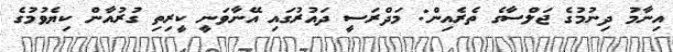
އިނާމު ދިނުމުގެ ޖަލްސާގެ ތެރެއިން: މަދްރަސީ ދައުރުގައި އޭނާވަނީ ކީރިތި ގުރުއާން ކިޔެވުމުގެ